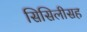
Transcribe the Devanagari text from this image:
सिसिलीसह